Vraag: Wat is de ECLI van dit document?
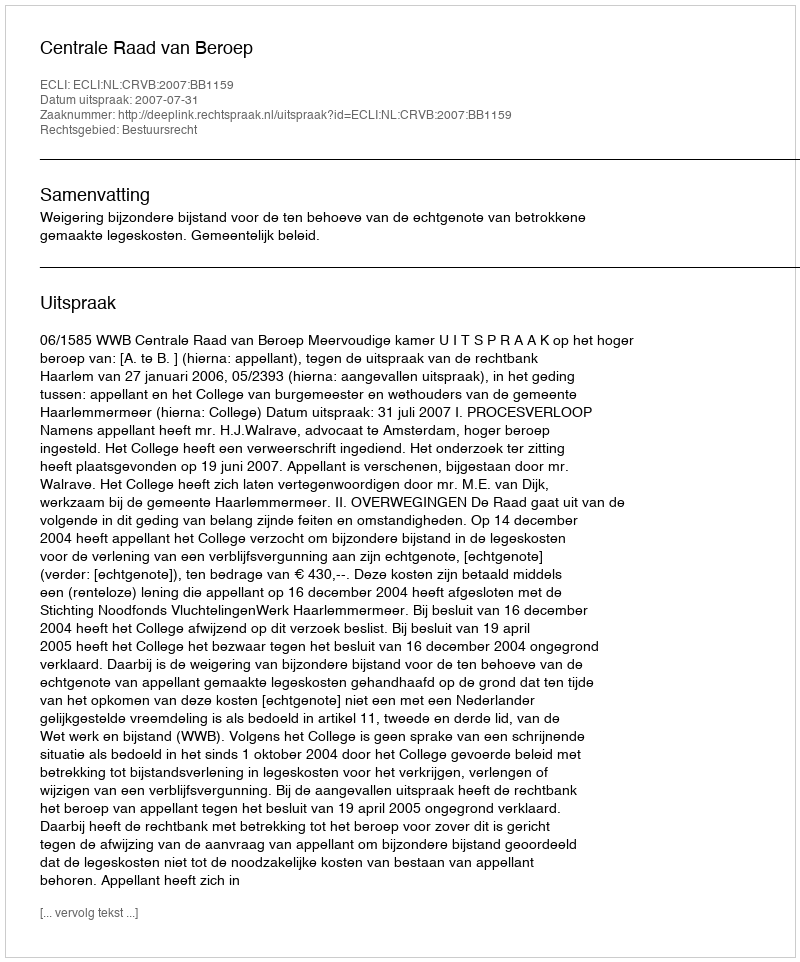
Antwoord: ECLI:NL:CRVB:2007:BB1159